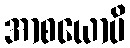
အာစယောပိ